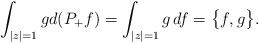
LaTeX: \begin{align*}\int_{|z|=1} g d(P_+ f)=\int_{|z|=1} g \,df= \bigl\{f,g\bigr\}.\end{align*}